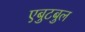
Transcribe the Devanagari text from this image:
एबुटबुल